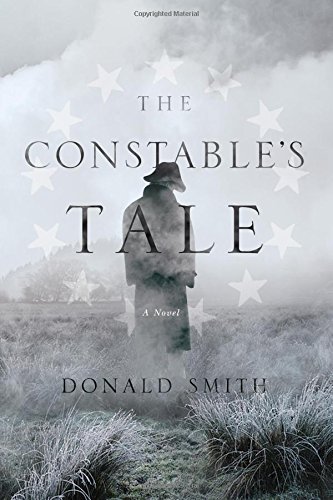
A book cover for The Constable's Tale: A Novel of Colonial America; Donald Smith; Mystery, Thriller & Suspense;